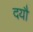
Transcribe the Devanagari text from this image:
दयौ